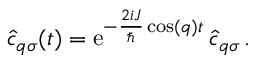
\hat { c } _ { q \sigma } ( t ) = \mathrm { e } ^ { - \frac { 2 i J } { \hbar } \cos ( q ) t } \, \hat { c } _ { q \sigma } \, .